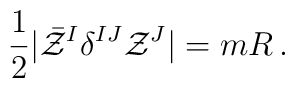
{1\over 2} |\bar {\cal Z}^I \delta^{IJ} {\cal Z}^J| = m R\, .